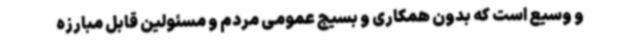
و وسیع است که بدون همکاری و بسیج عمومی مردم و مسئولین قابل مبارزه